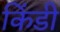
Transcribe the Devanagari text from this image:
किंडी